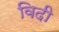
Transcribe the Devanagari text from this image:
विदी